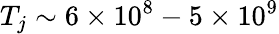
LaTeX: T_{j}\sim 6\times 10^{8}-5\times 10^{9}